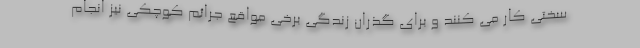
سختی کار می کنند و برای گذران زندگی برخی مواقع جرائم کوچکی نیز انجام